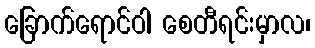
ခြောက်ရောင်ဝါ စေတီရင်းမှာလ၊